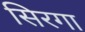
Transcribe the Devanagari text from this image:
सिरगा